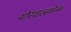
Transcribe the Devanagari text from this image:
थोरवाल्डसेन्स